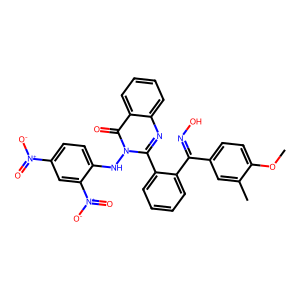
SMILES: COc1ccc(C(=NO)c2ccccc2-c2nc3ccccc3c(=O)n2Nc2ccc([N+](=O)[O-])cc2[N+](=O)[O-])cc1C
Inhibits HIV replication: No